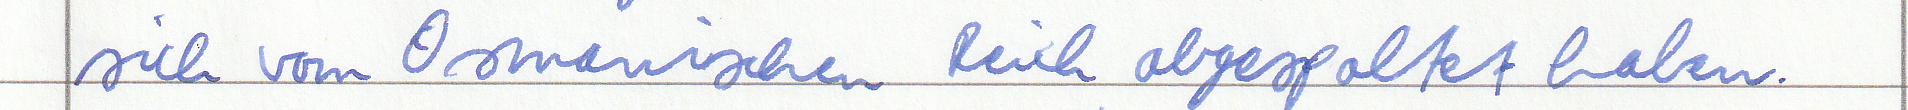
sich vom Osmanischen Reich abgespaltet haben.